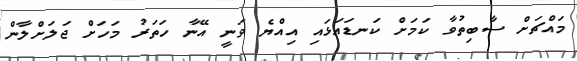
މައްޗަށް ސާބިތުވާ ކަމަށް ކަނޑައަޅައި އިއްޔެ ވަނީ އޭނާ ހަތަރު މަހަށް ޖަލަށްލާން